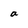
Character: a